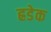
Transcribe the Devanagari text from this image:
ह्रडेक